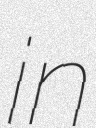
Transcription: in